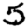
Digit: 5